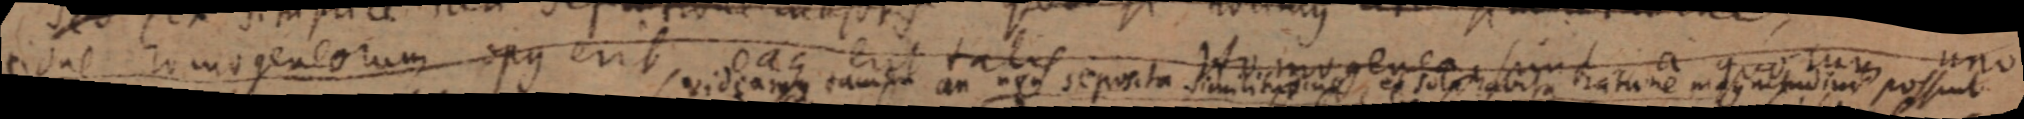
tione homogeneorum opus erit, oaq erit talis Homogenea sint a quorum uno